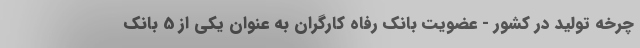
چرخه تولید در کشور - عضویت بانک رفاه کارگران به عنوان یکی از 5 بانک